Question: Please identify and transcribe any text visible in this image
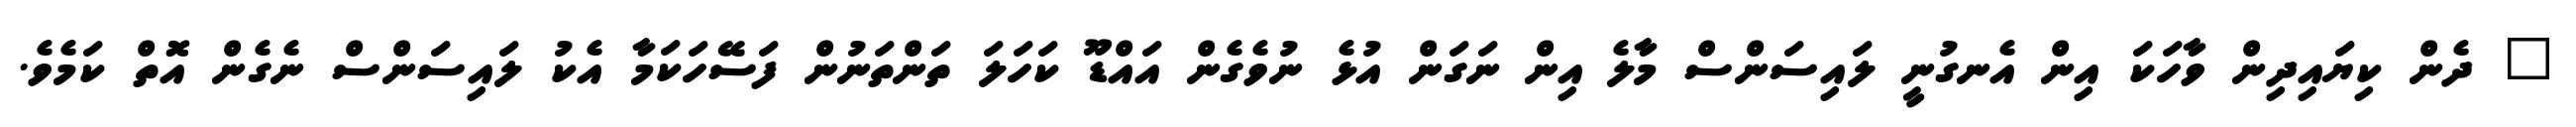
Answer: " ދެން ކިޔައިދިން ވާހަކަ އިން އެނގުނީ ލައިސަންސް މާލެ އިން ނަގަން އުޅެ ނުވެގެން އައްޑޫ ކަހަލަ ތަންތަނުން ފަސޭހަކަމާ އެކު ލައިސަންސް ނެގެން އޮތް ކަމެވެ.